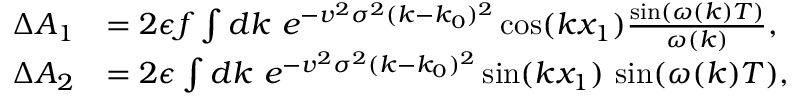
\begin{array} { r l } { \Delta A _ { 1 } } & { = 2 \epsilon f \int d k \ e ^ { - v ^ { 2 } \sigma ^ { 2 } ( k - k _ { 0 } ) ^ { 2 } } \cos ( k x _ { 1 } ) \frac { \sin ( \omega ( k ) T ) } { \omega ( k ) } , } \\ { \Delta A _ { 2 } } & { = 2 \epsilon \int d k \ e ^ { - v ^ { 2 } \sigma ^ { 2 } ( k - k _ { 0 } ) ^ { 2 } } \sin ( k x _ { 1 } ) \ { \sin ( \omega ( k ) T ) } , } \end{array}